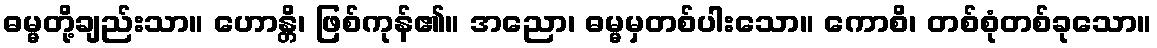
ဓမ္မတို့ချည်းသာ။ ဟောန္တိ၊ ဖြစ်ကုန်၏။ အညော၊ ဓမ္မမှတစ်ပါးသော။ ကောစိ၊ တစ်စုံတစ်ခုသော။